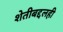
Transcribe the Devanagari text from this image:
शेतीबद्दलही